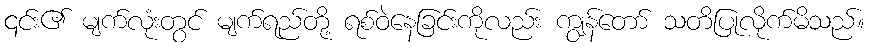
၎င်း၏ မျက်လုံးတွင် မျက်ရည်တို့ ရစ်ဝဲနေခြင်းကိုလည်း ကျွန်တော် သတိပြုလိုက်မိသည်။